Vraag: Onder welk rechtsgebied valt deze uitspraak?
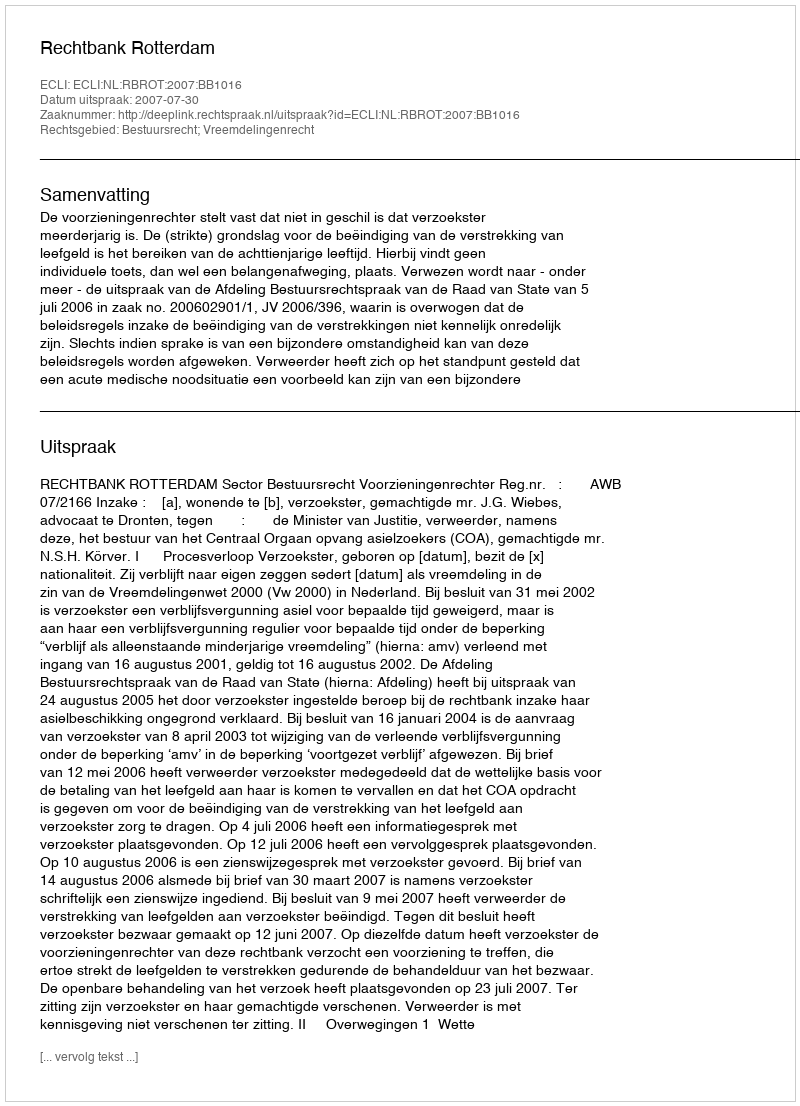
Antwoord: Bestuursrecht; Vreemdelingenrecht